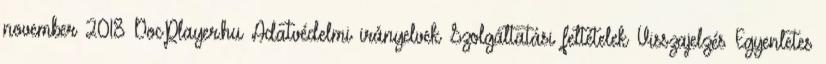
november 2018 DocPlayer.hu Adatvédelmi irányelvek Szolgáltatási feltételek Visszajelzés Egyenletes